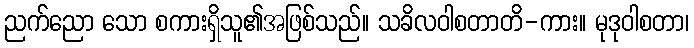
ညက်ညော သော စကားရှိသူ၏အဖြစ်သည်။ သခိလဝါစတာတိ-ကား။ မုဒုဝါစတာ၊